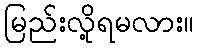
မြည်းလို့ရမလား။